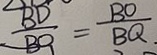
\frac { B D } { B B } = \frac { B O } { B Q }